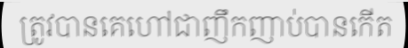
ត្រូវបានគេហៅជាញឹកញាប់បានកើត